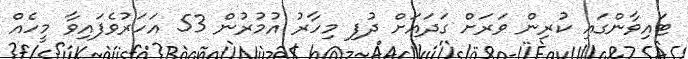
ޓައިވާންގައި ކުރިން ވަރަށް ގަދައަށް ދުފި މިހާރު އުމުރުން 53 އަހަރުވެފައިވާ މީހެއް